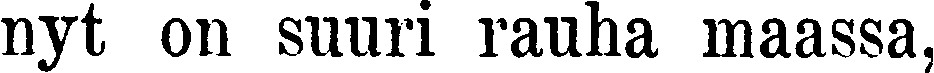
nyt on suuri rauha maassa,